Report on vaccination in the Province of Bengal - 1874-1889
Year: 1874
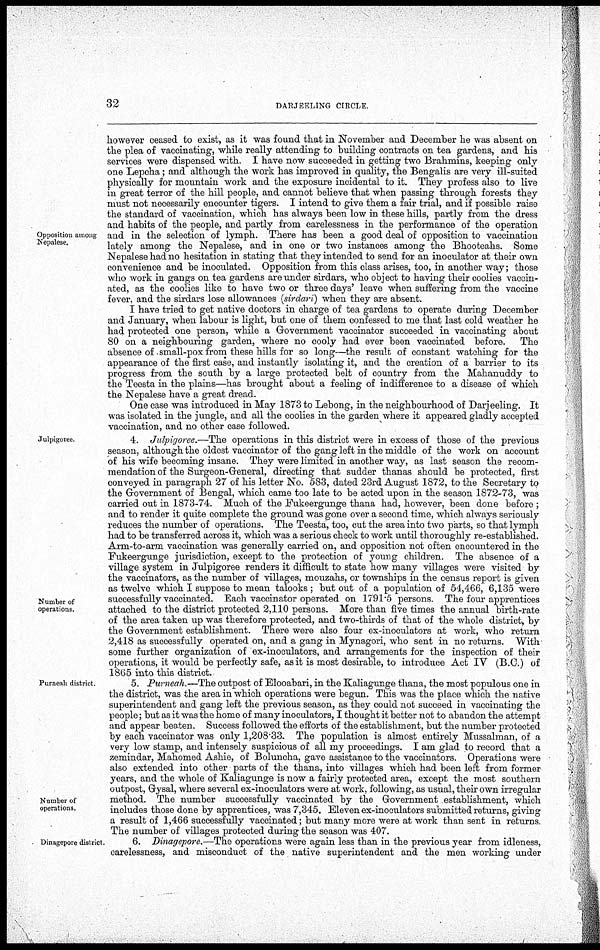
32
DARJEELING CIRCLE.
Opposition among
Nepalese.
however ceased to exist, as it was found that in November and December he was absent on
the plea of vaccinating, while really attending to building contracts on tea gardens, and his
services were dispensed with. I have now succeeded in getting two Brahmins, keeping only-
one Lepcha; and although the work has improved in quality, the Bengalis are very ill-suited
physically for mountain work and the exposure incidental to it. They profess also to live
in great terror of the hill people, and cannot believe that when passing through forests they
must not necessarily encounter tigers. I intend to give them a fair trial, and if possible raise
the standard of vaccination, which has always been low in these hills, partly from the dress
and habits of the people, and partly from carelessness in the performance of the operation
and in the selection of lymph. There has been a good deal of opposition to vaccination
lately among the Nepalese, and in one or two instances among the Bhooteahs. Some
Nepalese had no hesitation in stating that they intended to send for an inoculator at their own
convenience and be inoculated. Opposition from this class arises, too, in another way; those
who work in gangs on tea gardens are under sirdars, who object to having their coolies vaccin-
ated, as the coolies like to have two or three days' leave when suffering from the vaccine
fever, and the sirdars lose allowances (sirdari) when they are absent.
I have tried to get native doctors in charge of tea gardens to operate during December
and January, when labour is light, but one of them confessed to me that last cold weather he
had protected one person, while a Government vaccinator succeeded in vaccinating about
80 on a neighbouring garden, where no cooly had ever been vaccinated before.
The
absence of small-pox from these hills for so long—the result of constant watching for the
appearance of the first case, and instantly isolating it, and the creation of a barrier to its
progress from the south by a large protected belt of country from the Mahanuddy to
the Teesta in the plains—has brought about a feeling of indifference to a disease of which
the Nepalese have a great dread.
One case was introduced in May 1873 to Lebong, in the neighbourhood of Darjeeling. It
was isolated in the jungle, and all the coolies in the garden where it appeared gladly accepted
vaccination, and no other case followed.
Julpigoree.
Number of
operations.
4. Julpigoree.—The operations in this district were in excess of those of the previous
season, although the oldest vaccinator of the gang left in the middle of the work on account
of his wife becoming insane. They were limited in another way, as last season the recom-
mendation of the Surgeon-General, directing that sudder thanas should be protected, first
conveyed in paragraph 27 of his letter No. 583, dated 23rd August 1872, to the Secretary to
the Government of Bengal, which came too late to be acted upon in the season 1872-73, was
carried out in 1873-74. Much of the Fukeergunge thana had, however, been done before ;
and to render it quite complete the ground was gone over a second time, which always seriously
reduces the number of operations. The Teesta, too, cut the area into two parts, so that lymph
had to be transferred across it, which was a serious check to work until thoroughly re-established.
Arm-to-arm vaccination was generally carried on, and opposition not often encountered in the
Fukeergunge jurisdiction, except to the protection of young children. The absence of a
village system in Julpigoree renders it difficult to state how many villages were visited by
the vaccinators, as the number of villages, mouzahs, or townships in the census report is given
as twelve which I suppose to mean talooks ; but out of a population of 54,466, 6,135 were
successfully vaccinated. Each vaccinator operated on 1791.5 persons. The four apprentices
attached to the district protected 2,110 persons. More than five times the annual birth-rate
of the area taken up was therefore protected, and two-thirds of that of the whole district, by
the Government establishment. There were also four ex-inoculators at work, who return
2,418 as successfully operated on, and a gang in Mynagori, who sent in no returns. With
some further organization of ex-inoculators, and arrangements for the inspection of their
operations, it would be perfectly safe, as it is most desirable, to introduce Act IV (B.C.) of
1865 into this district.
Purneah district.
Number of
operations.
5. Purneah.—The outpost of Elooabari, in the Kaliagunge thana, the most populous one in
the district, was the area in which operations were begun. This was the place which the native
superintendent and gang left the previous season, as they could not succeed in vaccinating the
people; but as it was the home of many inoculators, I thought it better not to abandon the attempt
and appear beaten. Success followed the efforts of the establishment, but the number protected
by each vaccinator was only 1,208.33. The population is almost entirely Mussalman, of a
very low stamp, and intensely suspicious of all my proceedings. I am glad to record that a
zemindar, Mahomed Ashie, of Boluncha, gave assistance to the vaccinators. Operations were
also extended into other parts of the thana, into villages which had been left from former
years, and the whole of Kaliagunge is now a fairly protected area, except the most southern
outpost, Gysal, where several ex-inoculators were at work, following, as usual, their own irregular
method. The number successfully vaccinated by the Government establishment, which
includes those done by apprentices, was 7,345. Eleven ex-inoculators submitted returns, giving
a result of 1,466 successfully vaccinated; but many more were at work than sent in returns.
The number of villages protected during the season was 407.
Dinagepore district
6. Dinagepore.—The operations were again less than in the previous year from idleness,
carelessness, and misconduct of the native superintendent and the men working under